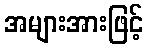
အများအားဖြင့်